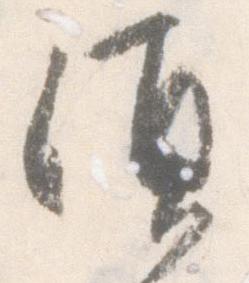
須